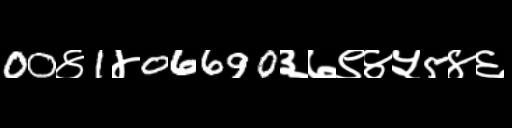
Text: 00४1४06690३७९४५5४६